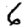
Digit: 6